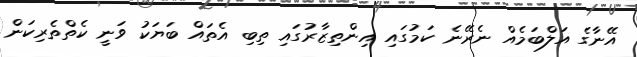
އޭނާގެ އަލްބަމެއް ނެރޭނެ ކަމުގައި އިންތިޒާރުގައި ތިބި އެތައް ބަޔަކު ވަނީ ކެތްތެރިކަން